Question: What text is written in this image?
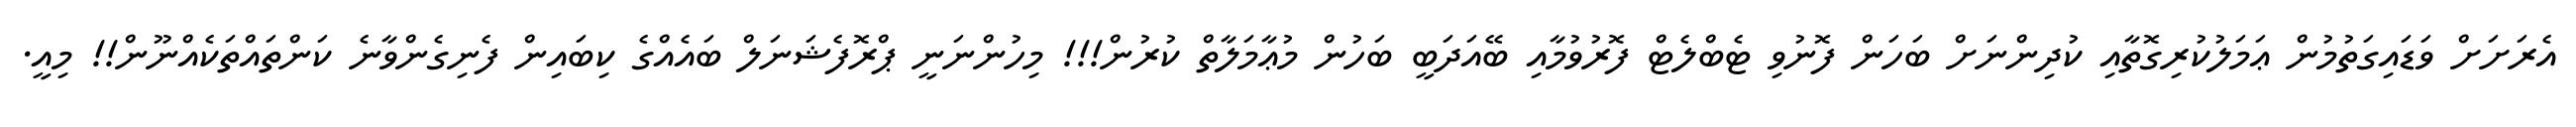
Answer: އެރަށަށް ވަޑައިގަތުމުން ޢަމަލުކުރިގޮތާއި ކުދިންނަށް ބަހަން ފޮނުވި ޓެބްލެޓް ފޮރުވުމާއި ބޭއަދަބީ ބަހުން މުޢާމަލާތް ކުރުން!!! މިހުންނަނީ ޕްރޮފެޝަނަލް ބައެއްގެ ކިބައިން ފެނިގެންވާނެ ކަންތައްތަކެއްނޫން!! މިއީ.